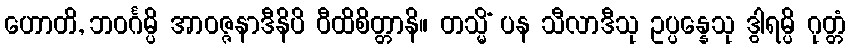
ဟောတိ, ဘဝင်္ဂမ္ပိ အာဝဇ္ဇနာဒီနိပိ ဝီထိစိတ္တာနိ။ တသ္မိံ ပန သီလာဒီသု ဥပ္ပန္နေသု ဒွါရမ္ပိ ဂုတ္တံ